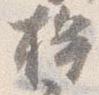
桙